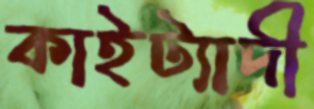
কাইট্যাদী